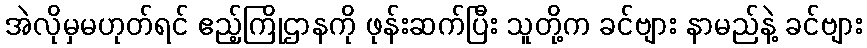
အဲလိုမှမဟုတ်ရင် ဧည့်ကြိုဌာနကို ဖုန်းဆက်ပြီး သူတို့က ခင်ဗျား နာမည်နဲ့ ခင်ဗျား